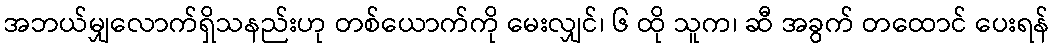
အဘယ်မျှလောက်ရှိသနည်းဟု တစ်ယောက်ကို မေးလျှင်၊ ၆ ထို သူက၊ ဆီ အခွက် တထောင် ပေးရန်